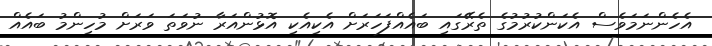
އެހެންނަމަވެސް އެކަންކުރުމުގެ ތެރޭގައި ބައެއްފަހަރަށް އެކިއެކި އޮޅުންއަރާ ނުވަތަ ވަރަށް މުހިންމު ބައެއް